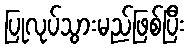
ပြုလုပ်သွားမည်ဖြစ်ပြီး